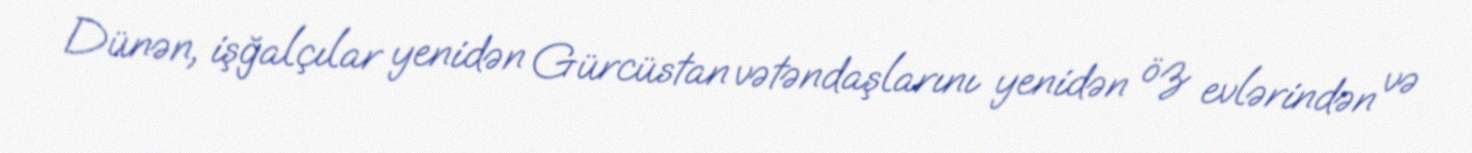
Dünən, işğalçılar yenidən Gürcüstan vətəndaşlarını yenidən öz evlərindən və